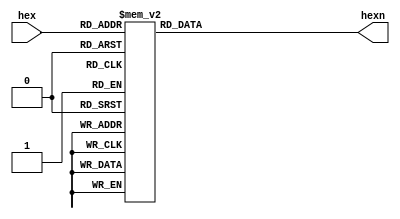
module hexto7seg (output reg [6:0] hexn, input [3:0] hex);
	
	always @ (hex) begin
		case (hex)     //6543210
			0 : hexn = 7'b1000000;
			1 : hexn = 7'b1111001;
			2 : hexn = 7'b0100100;
			3 : hexn = 7'b0110000;
			4 : hexn = 7'b0011001;
			5 : hexn = 7'b0010010;
			6 : hexn = 7'b0000010;
			7 : hexn = 7'b1111000;
			8 : hexn = 7'b0000000;
			9 : hexn = 7'b0010000;
			10 : hexn = 7'b0001000;
			11 : hexn = 7'b0000011;
			12 : hexn = 7'b1000110;
			13 : hexn = 7'b0100001;
			14 : hexn = 7'b0000110;
			15 : hexn = 7'b0001110;
		endcase
	end

endmodule